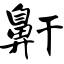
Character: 鼾